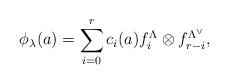
LaTeX: \begin{align*}\phi_\lambda(a)=\sum^r_{i=0}c_i(a)f^\Lambda_i\otimes f^{\Lambda^\vee}_{r-i},\end{align*}